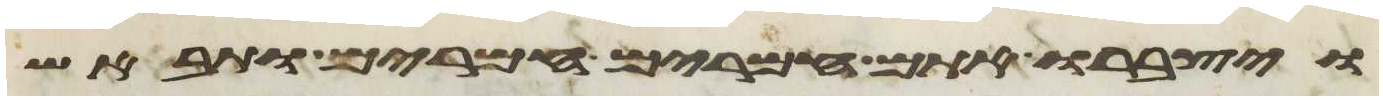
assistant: ויצברו אתם חמרים חמרים ותבאש